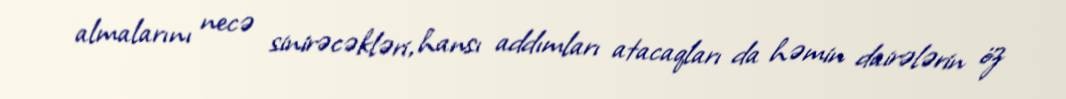
almalarını necə sinirəcəkləri, hansı addımları atacaqları da həmin dairələrin öz